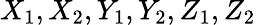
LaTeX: X_{1},X_{2},Y_{1},Y_{2},Z_{1},Z_{2}